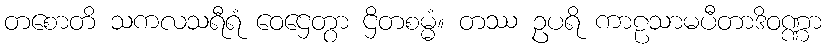
တစောတိ သကလသရီရံ ဝေဌေတွာ ဌိတစမ္မံ။ တဿ ဥပရိ ကာဠသာမပီတာဒိဝဏ္ဏာ